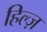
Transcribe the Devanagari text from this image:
हिल्ज़